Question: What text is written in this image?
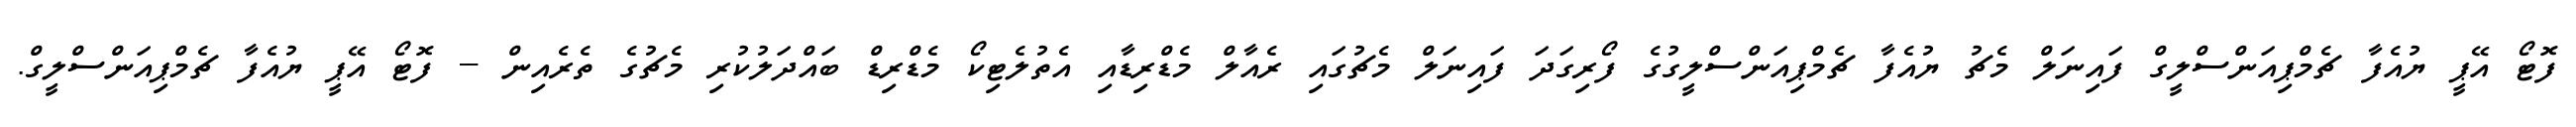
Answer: ފޮޓޯ އޭޕީ ޔުއެފާ ޗެމްޕިއަންސްލީގް ފައިނަލް މެޗު ޔުއެފާ ޗެމްޕިއަންސްލީގުގެ ފޯރިގަދަ ފައިނަލް މެޗުގައި ރެއާލް މެޑްރިޑާއި އެތުލެޓިކޯ މެޑްރިޑް ބައްދަލުކުރި މެޗުގެ ތެރެއިން -- ފޮޓޯ އޭޕީ ޔުއެފާ ޗެމްޕިއަންސްލީގް.